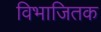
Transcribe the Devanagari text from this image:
विभाजितक